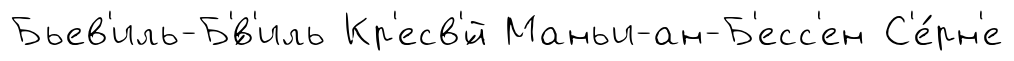
Бьев'иль-Б'́в'иль Кр'есв'́й Маньи-ан-Б'есс'ен С'е́рн'е